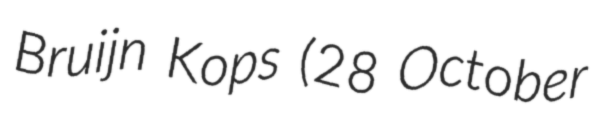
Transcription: Bruijn Kops (28 October